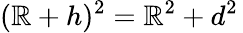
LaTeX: (\mathbb{R}+h)^{2}=\mathbb{R}^{2}+d^{2}\,